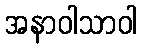
အနာဝါသာဝါ